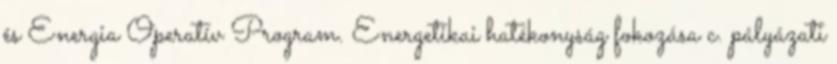
és Energia Operatív Program. Energetikai hatékonyság fokozása c. pályázati